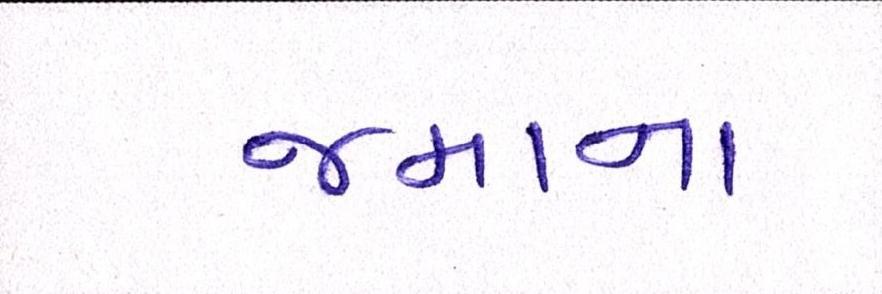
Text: જમાના